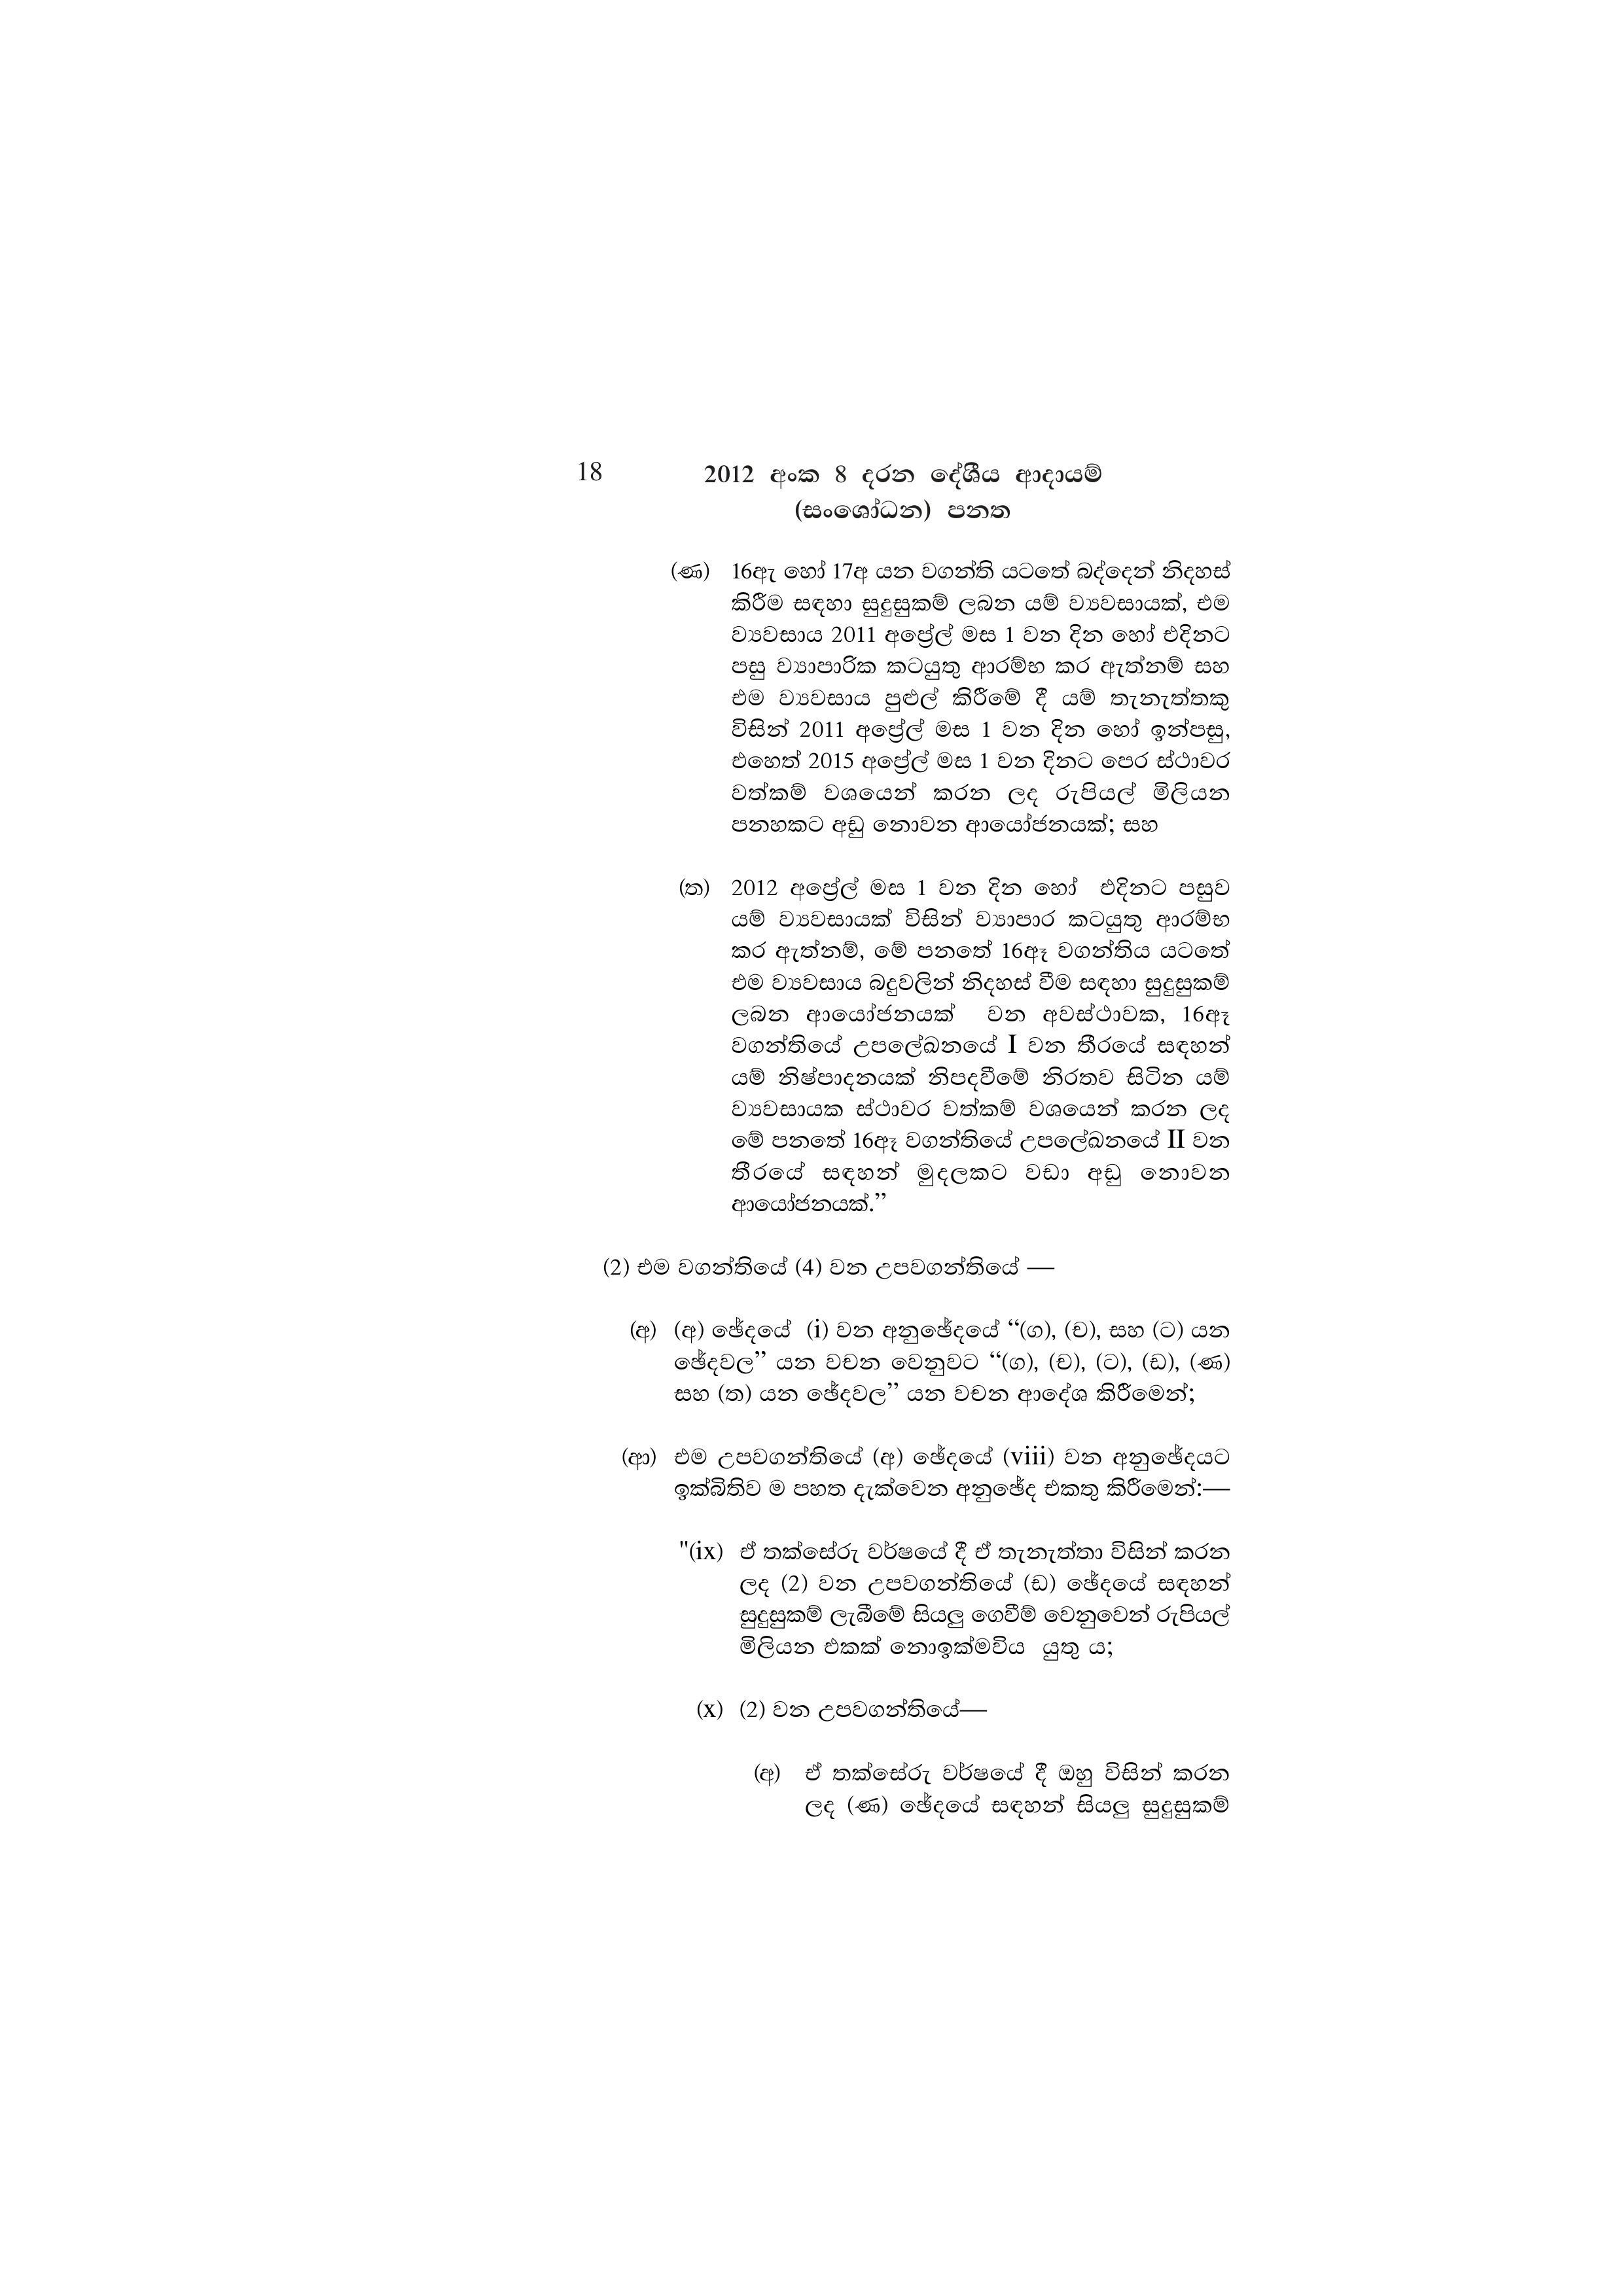
18 2012 අංක 8 දරන දේශීය ආදායම්
(සංශෝධන) පනත

(ණ) 16ඇ හෝ 17අ යන වගන්ති යටතේ බද්දෙන් නිදහස්
කිරීම සඳහා සුදුසුකම් ලබන යම් ව්‍යවසායක්, එම
ව්‍යවසාය 2011 අප්‍රේල් මස 1 වන දින හෝ එදිනට
පසු ව්‍යාපාරික කටයුතු ආරම්භ කර ඇත්නම් සහ
එම ව්‍යවසාය පුළුල් කිරීමේ දී යම් තැනැත්තකු
විසින් 2011 අප්‍රේල් මස 1 වන දින හෝ ඉන්පසු,
එහෙත් 2015 අප්‍රේල් මස 1 වන දිනට පෙර ස්ථාවර
වත්කම් වශයෙන් කරන ලද රුපියල් මිලියන
පනහකට අඩු නොවන ආයෝජනයක්; සහ

(ත) 2012 අප්‍රේල් මස 1 වන දින හෝ එදිනට පසුව
යම් ව්‍යවසායක් විසින් ව්‍යාපාර කටයුතු ආරම්භ
කර ඇත්නම්, මේ පනතේ 16ඈ වගන්තිය යටතේ
එම ව්‍යවසාය බදුවලින් නිදහස් වීම සඳහා සුදුසුකම්
ලබන ආයෝජනයක් වන අවස්ථාවක, 16ඈ
වගන්තියේ උපලේඛනයේ I වන තීරයේ සඳහන්
යම් නිෂ්පාදනයක් නිපදවීමේ නිරතව සිටින යම්
ව්‍යවසායක ස්ථාවර වත්කම් වශයෙන් කරන ලද
මේ පනතේ 16ඈ වගන්තියේ උපලේඛනයේ II වන
තීරයේ සඳහන් මුදලකට වඩා අඩු නොවන
ආයෝජනයක්.”

(2) එම වගන්තියේ (4) වන උපවගන්තියේ

(අ) (අ) ඡේදයේ (i) වන අනුඡේදයේ “(ග), (ච), සහ (ට) යන
ඡේදවල” යන වචන වෙනුවට “(ග), (ච), (ට), (ඩ), (ණ)
සහ (ත) යන ඡේදවල” යන වචන ආදේශ කිරීමෙන්;

(ආ) එම උපවගන්තියේ (අ) ඡේදයේ (viii) වන අනුඡේදයට
ඉක්බිතිව ම පහත දැක්වෙන අනුඡේද එකතු කිරීමෙන්:—

"(ix) ඒ තක්සේරු වර්ෂයේ දී ඒ තැනැත්තා විසින් කරන
ලද (2) වන උපවගන්තියේ (ඩ) ඡේදයේ සඳහන්
සුදුසුකම් ලැබීමේ සියලු ගෙවීම් වෙනුවෙන් රුපියල්
මිලියන එකක් නොඉක්මවිය යුතු ය;

(x) (2) වන උපවගන්තියේ—

(අ) ඒ තක්සේරු වර්ෂයේ දී ඔහු විසින් කරන
ලද (ණ) ඡේදයේ සඳහන් සියලු සුදුසුකම්